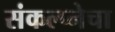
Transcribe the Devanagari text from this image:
संकल्प्नेचा